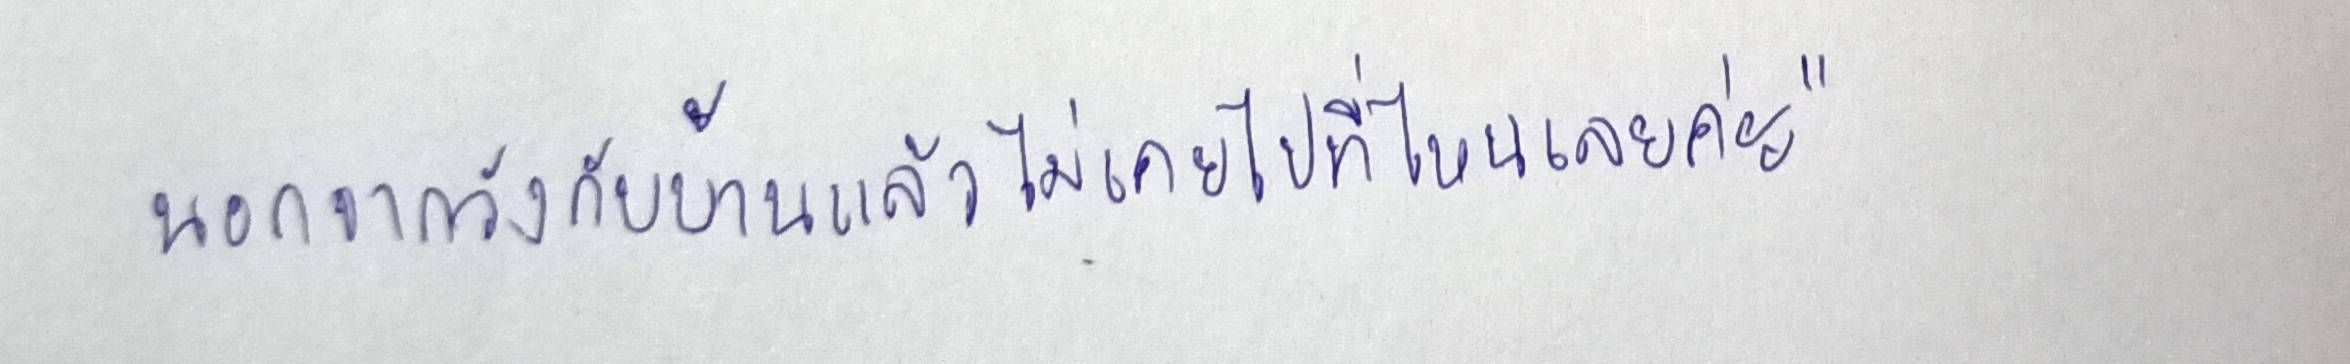
นอกจากวังกับบ้านแล้วไม่เคยไปที่ไหนเลยค่ะ"